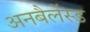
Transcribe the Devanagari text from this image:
अनबैलेंस्ड